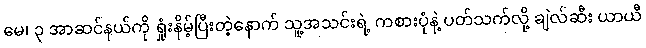
မေ၊ ၃ အာဆင်နယ်ကို ရှုံးနိမ့်ပြီးတဲ့နောက် သူ့အသင်းရဲ့ ကစားပုံနဲ့ ပတ်သက်လို့ ချဲလ်ဆီး ယာယီ